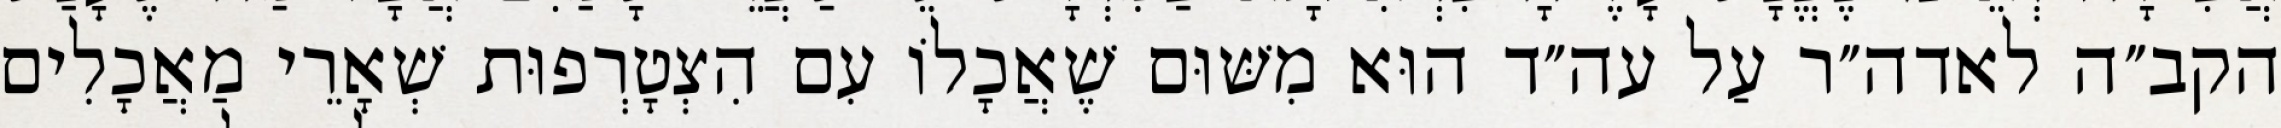
הקב״ה לאדה״ר עַל עה״ד הוּא מִשּׁוּם שֶׁאֲכָלוֹ עִם הִצְטָרְפוּת שְׁאָרֵי מַאֲכָלִים